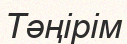
Тәңірім